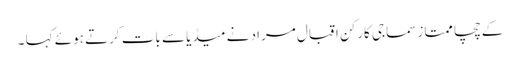
کے چچا ممتاز سماجی کارکن اقبال مراد نے میڈیا سے بات کرتے ہوئے کہا ۔